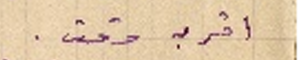
اقرب وقت.